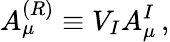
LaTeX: A_{\mu}^{(R)}\equiv V_{I}A_{\mu}^{I}\, ,